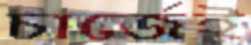
চার্জেই